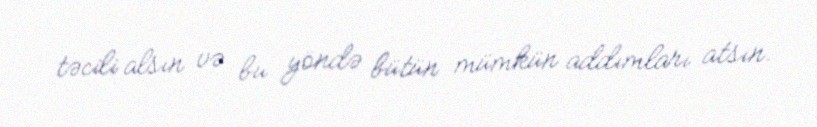
təcili alsın və bu yöndə bütün mümkün addımları atsın.